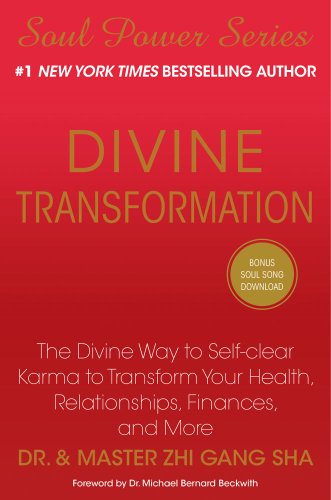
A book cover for Divine Transformation: The Divine Way to Self-clear Karma to Transform Your Health, Relationships, Finances, and More (Soul Power); Zhi Gang Sha; Religion & Spirituality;